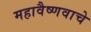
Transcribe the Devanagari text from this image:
महावैष्णवाचे